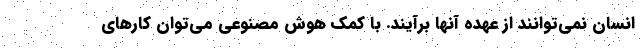
انسان نمی‌توانند از عهده آنها برآیند. با کمک هوش مصنوعی می‌توان کارهای